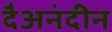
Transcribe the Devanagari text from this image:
दैअनंदीन